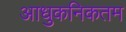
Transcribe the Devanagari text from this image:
आधुकनिकतम